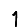
Digit: 1